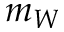
m _ { W }